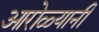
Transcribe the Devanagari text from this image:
आरोळ्यानी